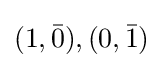
(1,{\bar {0}}),(0,{\bar {1}})